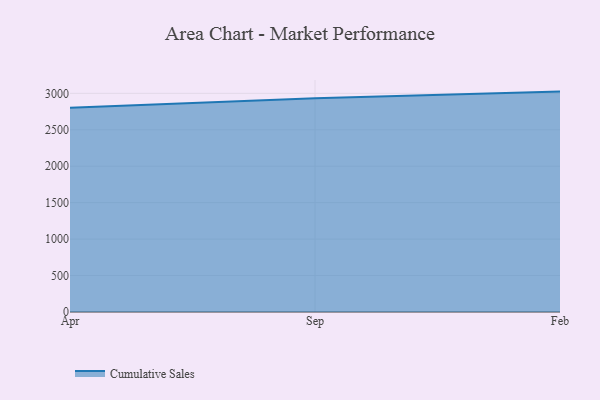
{"axis": {"x": "Month", "y": "Active Users"}, "legend": ["Cumulative Sales"], "data": [{"x": "Apr", "y": 2802.3, "type": "Cumulative Sales"}, {"x": "Sep", "y": 2933.2, "type": "Cumulative Sales"}, {"x": "Feb", "y": 3024.0, "type": "Cumulative Sales"}]}